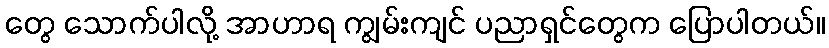
တွေ သောက်ပါလို့ အာဟာရ ကျွမ်းကျင် ပညာရှင်တွေက ပြောပါတယ်။